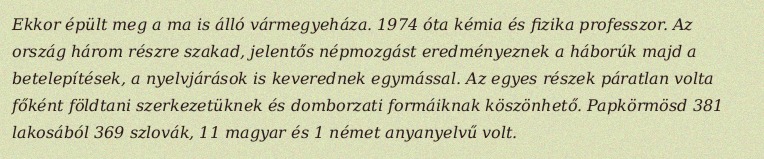
Ekkor épült meg a ma is álló vármegyeháza. 1974 óta kémia és fizika professzor. Az ország három részre szakad, jelentős népmozgást eredményeznek a háborúk majd a betelepítések, a nyelvjárások is keverednek egymással. Az egyes részek páratlan volta főként földtani szerkezetüknek és domborzati formáiknak köszönhető. Papkörmösd 381 lakosából 369 szlovák, 11 magyar és 1 német anyanyelvű volt.